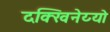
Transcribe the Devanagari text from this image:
दक्खिनेय्यो